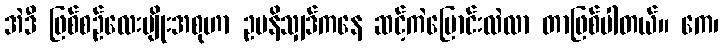
အဲဒီ ဖြစ်စဉ်လေးမျိုးအစုဟာ ဥပနိသျှဒ်ကနေ ဆင့်ကဲပြောင်းလဲလာ တာဖြစ်ပါတယ်။ ကေ၊